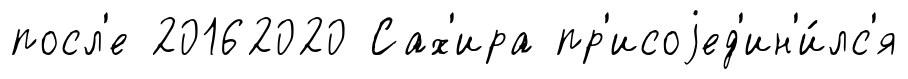
посл'е 20162020 Сах'ира пр'исоjед'ин'и́лс'я